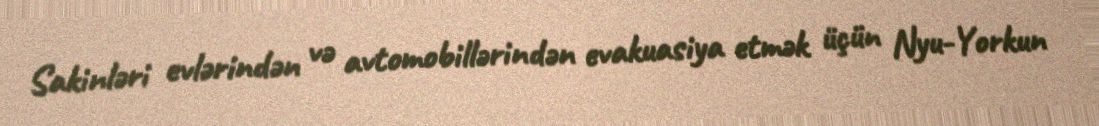
Sakinləri evlərindən və avtomobillərindən evakuasiya etmək üçün Nyu-Yorkun